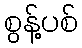
စွန့်ပစ်